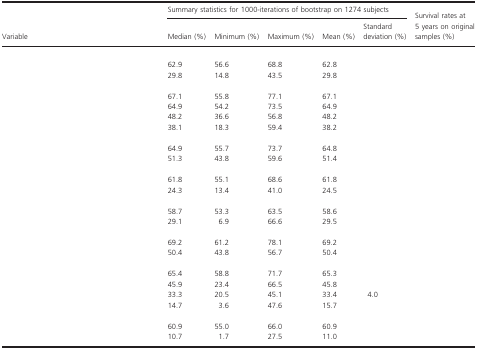
<table><thead><tr><td rowspan="2"><b>Variable</b></td><td colspan="5"><b>Summary statistics for 1000-iterations of bootstrap on 1274 subjects</b></td><td rowspan="2"><b>Survival rates at 5 years on original samples (%)</b></td></tr><tr><td><b>Median (%)</b></td><td><b>Minimum (%)</b></td><td><b>Maximum (%)</b></td><td><b>Mean (%)</b></td><td><b>Standard deviation (%)</b></td></tr></thead><tbody><tr><td colspan="7">[EMPTY_CELL]</td></tr><tr><td>[EMPTY_CELL]</td><td>62.9</td><td>56.6</td><td>68.8</td><td>62.8</td><td>[EMPTY_CELL]</td><td>[EMPTY_CELL]</td></tr><tr><td>[EMPTY_CELL]</td><td>29.8</td><td>14.8</td><td>43.5</td><td>29.8</td><td>[EMPTY_CELL]</td><td>[EMPTY_CELL]</td></tr><tr><td colspan="7">[EMPTY_CELL]</td></tr><tr><td>[EMPTY_CELL]</td><td>67.1</td><td>55.8</td><td>77.1</td><td>67.1</td><td>[EMPTY_CELL]</td><td>[EMPTY_CELL]</td></tr><tr><td>[EMPTY_CELL]</td><td>64.9</td><td>54.2</td><td>73.5</td><td>64.9</td><td>[EMPTY_CELL]</td><td>[EMPTY_CELL]</td></tr><tr><td>[EMPTY_CELL]</td><td>48.2</td><td>36.6</td><td>56.8</td><td>48.2</td><td>[EMPTY_CELL]</td><td>[EMPTY_CELL]</td></tr><tr><td>[EMPTY_CELL]</td><td>38.1</td><td>18.3</td><td>59.4</td><td>38.2</td><td>[EMPTY_CELL]</td><td>[EMPTY_CELL]</td></tr><tr><td colspan="7">[EMPTY_CELL]</td></tr><tr><td>[EMPTY_CELL]</td><td>64.9</td><td>55.7</td><td>73.7</td><td>64.8</td><td>[EMPTY_CELL]</td><td>[EMPTY_CELL]</td></tr><tr><td>[EMPTY_CELL]</td><td>51.3</td><td>43.8</td><td>59.6</td><td>51.4</td><td>[EMPTY_CELL]</td><td>[EMPTY_CELL]</td></tr><tr><td colspan="7">[EMPTY_CELL]</td></tr><tr><td>[EMPTY_CELL]</td><td>61.8</td><td>55.1</td><td>68.6</td><td>61.8</td><td>[EMPTY_CELL]</td><td>[EMPTY_CELL]</td></tr><tr><td>[EMPTY_CELL]</td><td>24.3</td><td>13.4</td><td>41.0</td><td>24.5</td><td>[EMPTY_CELL]</td><td>[EMPTY_CELL]</td></tr><tr><td colspan="7">[EMPTY_CELL]</td></tr><tr><td>[EMPTY_CELL]</td><td>58.7</td><td>53.3</td><td>63.5</td><td>58.6</td><td>[EMPTY_CELL]</td><td>[EMPTY_CELL]</td></tr><tr><td>[EMPTY_CELL]</td><td>29.1</td><td>6.9</td><td>66.6</td><td>29.5</td><td>[EMPTY_CELL]</td><td>[EMPTY_CELL]</td></tr><tr><td colspan="7">[EMPTY_CELL]</td></tr><tr><td>[EMPTY_CELL]</td><td>69.2</td><td>61.2</td><td>78.1</td><td>69.2</td><td>[EMPTY_CELL]</td><td>[EMPTY_CELL]</td></tr><tr><td>[EMPTY_CELL]</td><td>50.4</td><td>43.8</td><td>56.7</td><td>50.4</td><td>[EMPTY_CELL]</td><td>[EMPTY_CELL]</td></tr><tr><td colspan="7">[EMPTY_CELL]</td></tr><tr><td>[EMPTY_CELL]</td><td>65.4</td><td>58.8</td><td>71.7</td><td>65.3</td><td>[EMPTY_CELL]</td><td>[EMPTY_CELL]</td></tr><tr><td>[EMPTY_CELL]</td><td>45.9</td><td>23.4</td><td>66.5</td><td>45.8</td><td>[EMPTY_CELL]</td><td>[EMPTY_CELL]</td></tr><tr><td>[EMPTY_CELL]</td><td>33.3</td><td>20.5</td><td>45.1</td><td>33.4</td><td>4.0</td><td>[EMPTY_CELL]</td></tr><tr><td>[EMPTY_CELL]</td><td>14.7</td><td>3.6</td><td>47.6</td><td>15.7</td><td>[EMPTY_CELL]</td><td>[EMPTY_CELL]</td></tr><tr><td colspan="7">[EMPTY_CELL]</td></tr><tr><td>[EMPTY_CELL]</td><td>60.9</td><td>55.0</td><td>66.0</td><td>60.9</td><td>[EMPTY_CELL]</td><td>[EMPTY_CELL]</td></tr><tr><td>[EMPTY_CELL]</td><td>10.7</td><td>1.7</td><td>27.5</td><td>11.0</td><td>[EMPTY_CELL]</td><td>[EMPTY_CELL]</td></tr></tbody></table>